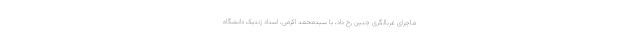
ماجرای غربالگری جنین رخ داد، با سیدمحمد اکرمی، استاد ژنتیک دانشگاه